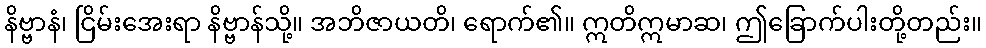
နိဗ္ဗာနံ၊ ငြိမ်းအေးရာ နိဗ္ဗာန်သို့။ အဘိဇာယတိ၊ ရောက်၏။ ဣတိဣမာဆ၊ ဤခြောက်ပါးတို့တည်း။